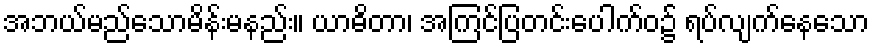
အဘယ်မည်သောမိန်းမနည်း။ ယာဓိတာ၊ အကြင်ပြတင်းပေါက်ဝ၌ ရပ်လျက်နေသော